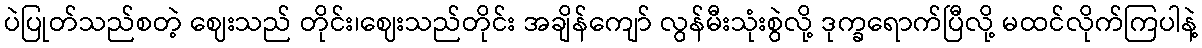
ပဲပြုတ်သည်စတဲ့ ဈေးသည် တိုင်း၊ဈေးသည်တိုင်း အချိန်ကျော် လွန်မီးသုံးစွဲလို့ ဒုက္ခရောက်ပြီလို့ မထင်လိုက်ကြပါနဲ့